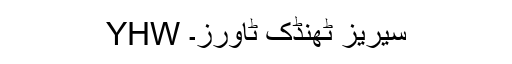
YHW سیریز ٹھنڈک ٹاورز۔